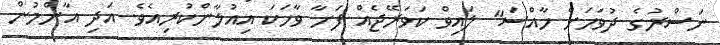
ނަސްރުގެ ދުވަހަށް ހާއްސަ" ލަައިވް ކަވަރޭޖެއް ފަށާ ވާހަކަ އިއުލާންކުރިއެވެ. އަދި އާންމުން